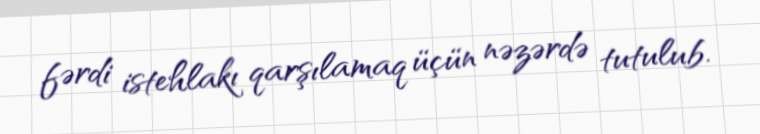
fərdi istehlakı qarşılamaq üçün nəzərdə tutulub.